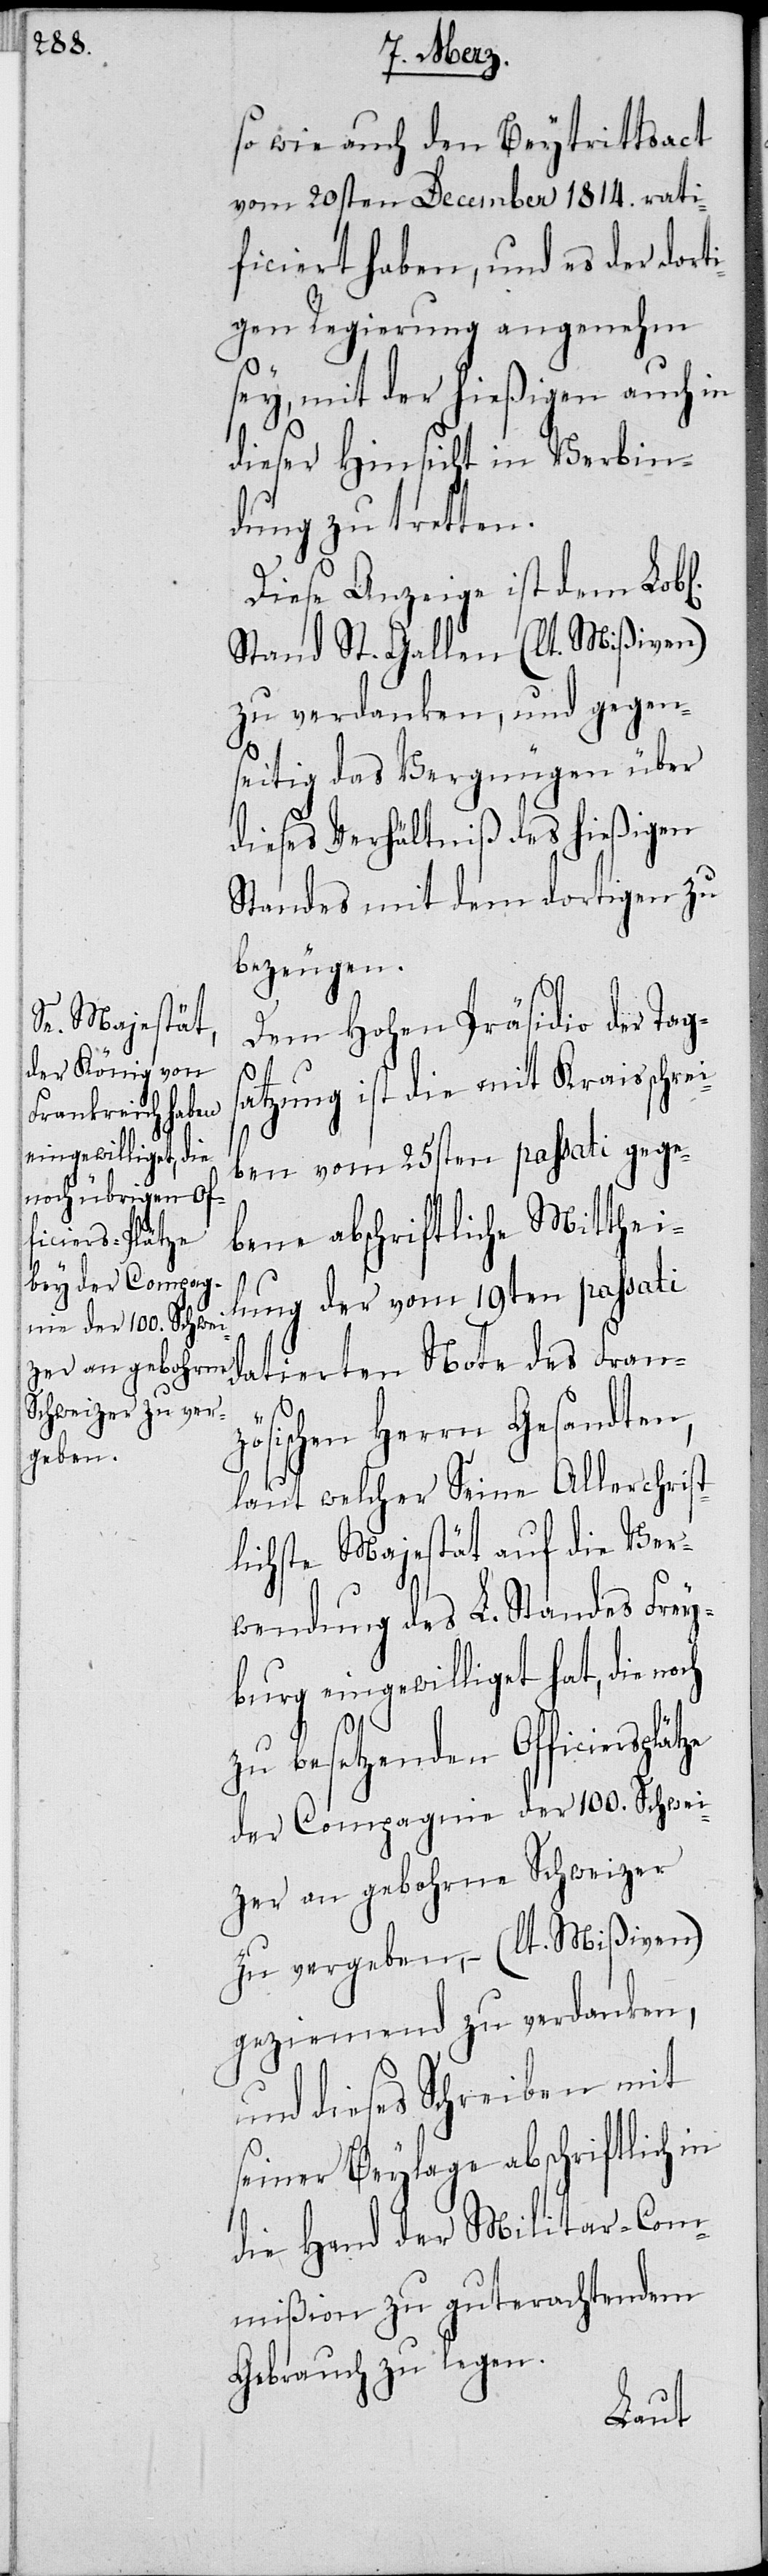
iersplätze

so wie auch den Beytrittsact
vom 20sten December 1814. rati¬
ficiert haben, und es der dort¬
igen Regierung angenehm
sey, mit der hießigen auch in
dieser Hinsicht in Verbin¬
dung zu tretten.
Diese Anzeige ist dem Lob¬
Stand St. Gallen (lt. Mißiven)
zu verdanken, und gegen¬
seitig das Vergnügen über
dieses Verhältniß des hießigen
Standes mit dem dortigen zu
bezeugen.
Dem hohen Präsidio der Tag¬
atzung ist die mit Kraisschre¬
iben vom 25sten passati gege¬
bene abschriftliche Mittheil¬
ung der vom 19ten passati
datierten Note des Franz¬
ösichen Herrn Gesandten,
laut welcher Seine Allerchrist¬
lichste Majestät auf die Ver¬
wendung des L. Standes Frey¬
burg eingewilliget hat, die
zu besetzenden Offic¬
der Compagnie der 100. Schwei¬
zer an gebohrne Schweizer
zu vergeben, – (lt. Mißiven)
geziemend zu verdanken,
und dieses Schreiben mit
seiner Beylage abschriftlich in
die Hand der Militar-Com¬
mißion zu guterachtendem
Gebrauch zu legen.
s¬